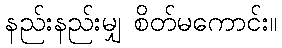
နည်းနည်းမျှ စိတ်မကောင်း။